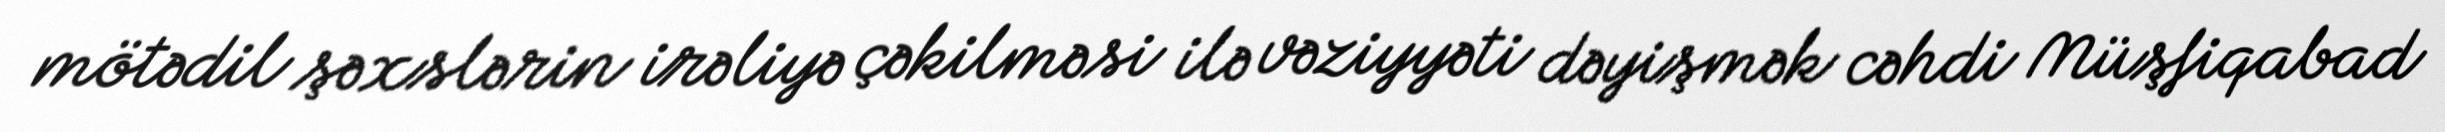
mötədil şəxslərin irəliyə çəkilməsi ilə vəziyyəti dəyişmək cəhdi Müşfiqabad